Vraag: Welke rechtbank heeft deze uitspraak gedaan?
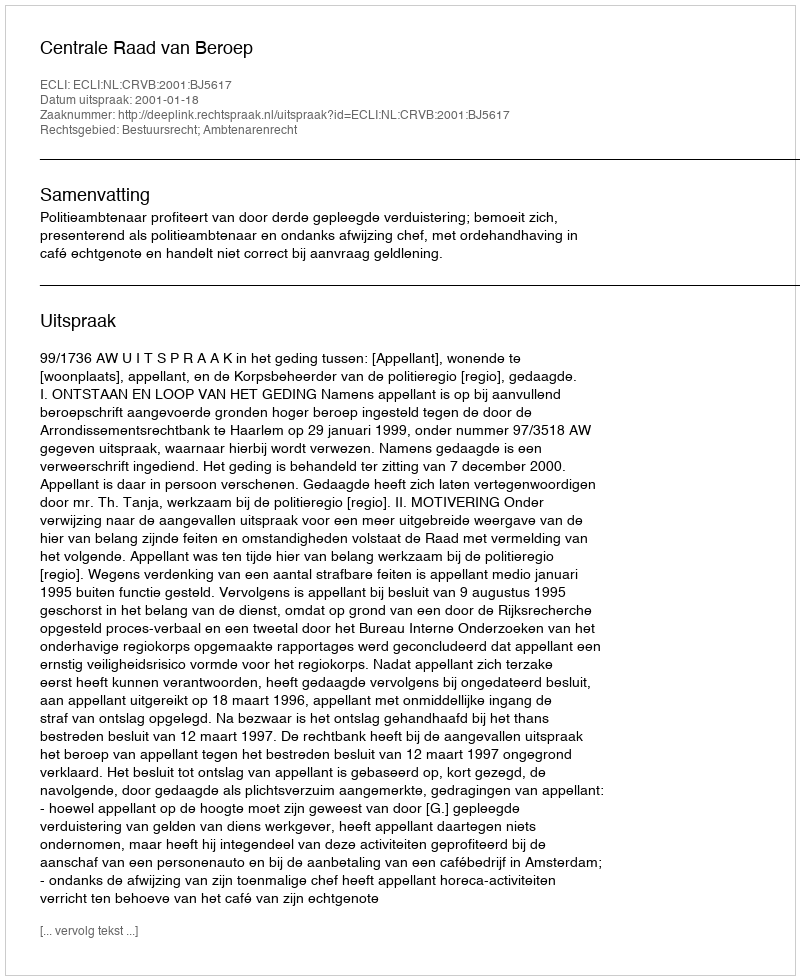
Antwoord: Centrale Raad van Beroep